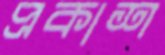
প্রকাশ